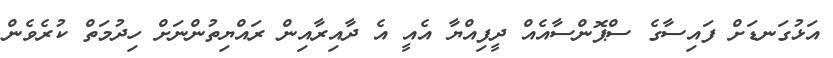
އަޅުގަނޑަށް ފައިސާގެ ސްޕޮންސާއެއް ދީފިއްޔާ އެއީ އެ ދާއިރާއިން ރައްޔިތުންނަށް ހިދުމަތް ކުރެވެން